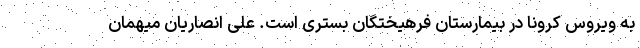
به ویروس کرونا در بیمارستان فرهیختگان بستری است. علی انصاریان میهمان